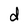
Character: d